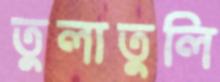
তুলাতুলি